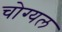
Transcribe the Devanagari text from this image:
चोग्यल